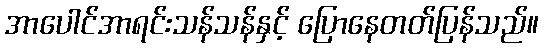
အာပေါင်အာရင်းသန်သန်နှင့် ပြောနေတတ်ပြန်သည်။